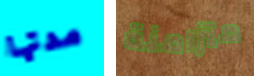
مدتها متزامنة